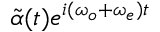
\tilde { \alpha } ( t ) e ^ { i ( \omega _ { o } + \omega _ { e } ) t }